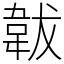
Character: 韍